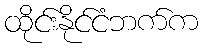
ထိုင်းနိုင်ငံဘက်က